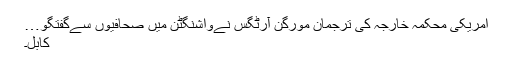
امریکی محکمہ خارجہ کی ترجمان مورگن آرٹگس نےواشنگٹن میں صحافیوں سےگفتگو…
کابل۔